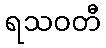
ရသဝတီ